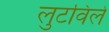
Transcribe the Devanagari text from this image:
लुटविले